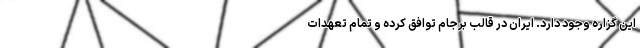
این گزاره وجود دارد. ایران در قالب برجام توافق کرده و تمام تعهدات